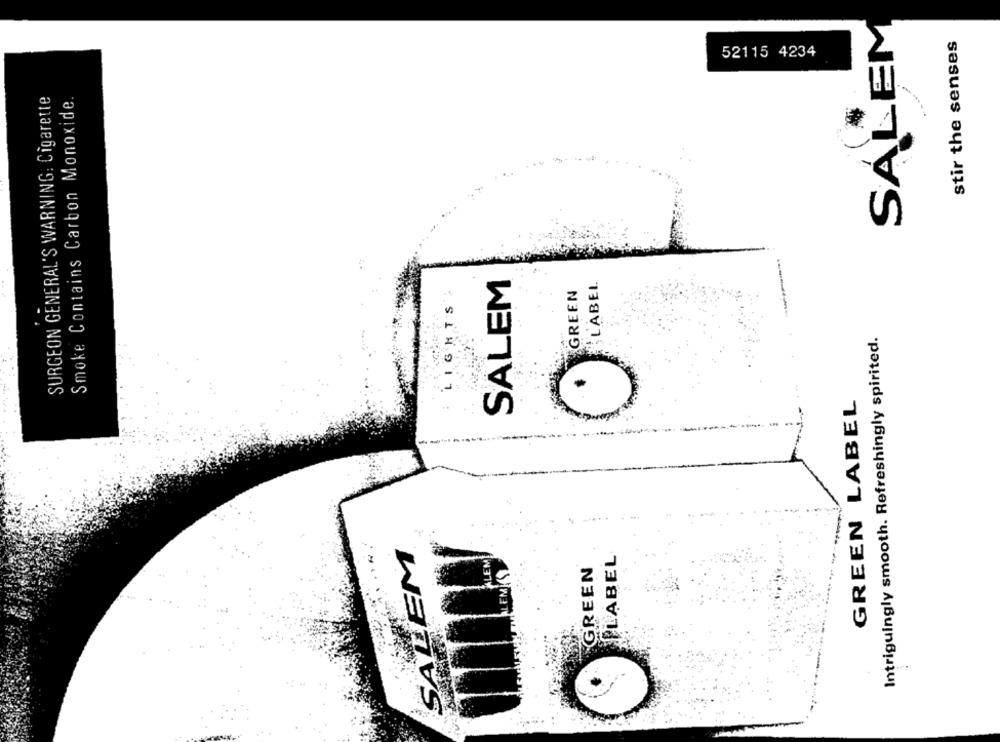
SALEM
stir the senses
52115 4234
SURGEON GENERAL'S WARNING: Cigarette
Smoke Contains Carbon Monoxide.
SALEM
LIGHTS.
GREEN
LABEL
Intriguingly smooth. Refreshingly spirited.
GREEN LABEL
- -
SALEM
LABEL
GREEN